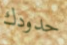
حدودك